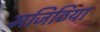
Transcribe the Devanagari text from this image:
मजिठिया